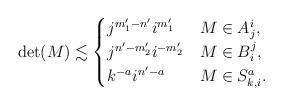
LaTeX: \begin{align*}\det(M)\lesssim\begin{cases}j^{m_1'-n'}i^{m_1'}&M\in A_{j}^{i},\\j^{n'-m_2'}i^{-m_2'}&M\in B_{i}^{j},\\k^{-a}i^{n'-a}&M\in S_{k,i}^{a}.\end{cases}\end{align*}